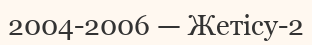
2004-2006 — Жетісу-2